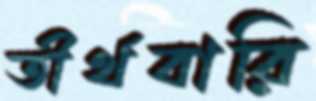
তীর্থবারি